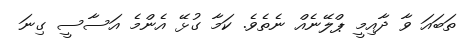
ތަބައަ ވާ ދާއިމީ ޕްލޭނެއް ނެތެވެ. ކަމާ ގުޅޭ އެންމެ އަސާސީ ގިނަ